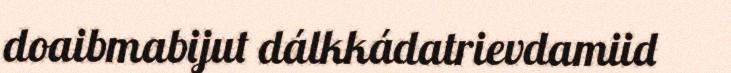
doaibmabijut dálkkádatrievdamiid